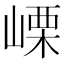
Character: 㟳